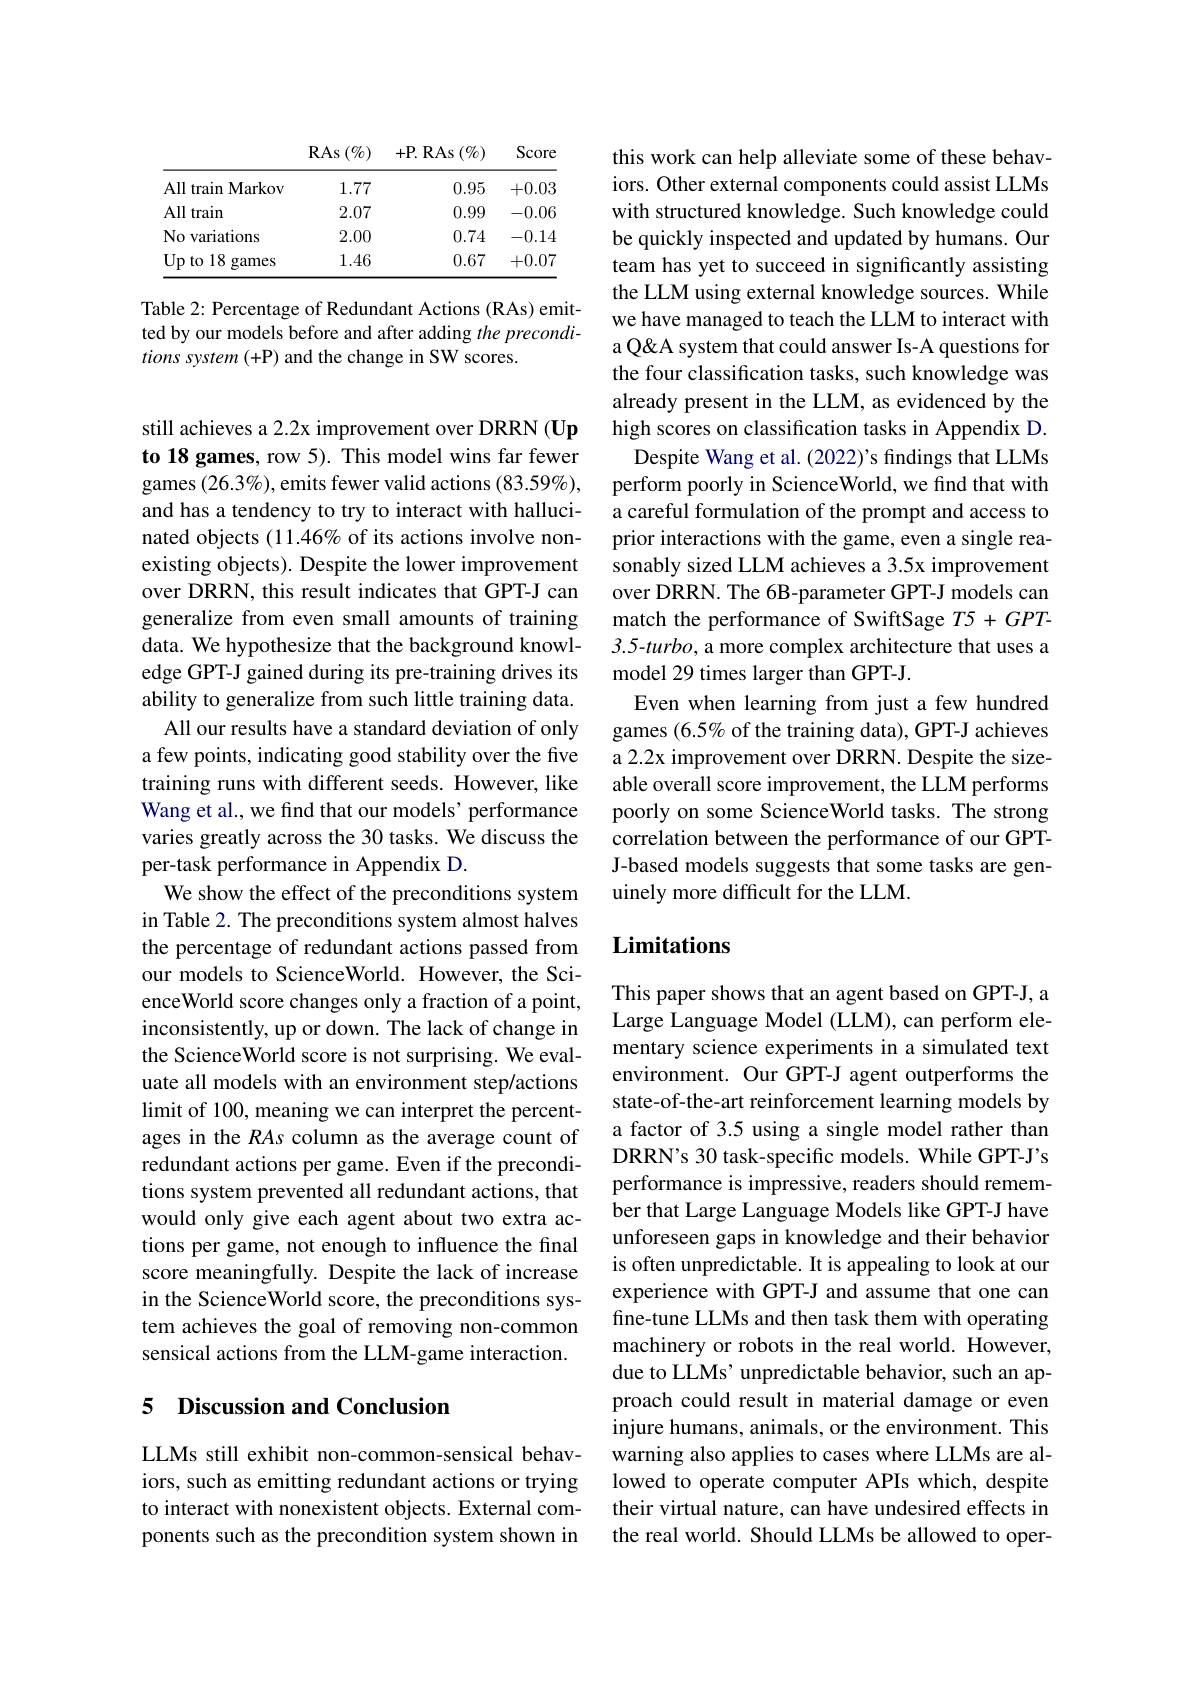
<table>
	<tbody>
		<tr>
			<th> </th>
			<th>$\operatorname{RAs}\left(\%\right)$</th>
			<th>$+\mathbf{P}.$RAs$(\%)$</th>
			<th>Score</th>
		</tr>
		<tr>
			<td>All train $\textbf{Markow}$</td>
			<td>1.77</td>
			<td>0.95</td>
			<td>+0.03</td>
		</tr>
		<tr>
			<td>All $l$ train 1</td>
			<td>2.07</td>
			<td>0.99</td>
			<td>-0.06</td>
		</tr>
		<tr>
			<td>No variations</td>
			<td>2.00</td>
			<td>0.74</td>
			<td>-0.14</td>
		</tr>
		<tr>
			<td>Up to 18 games</td>
			<td>1.46</td>
			<td>0.67</td>
			<td>+0.07</td>
		</tr>
	</tbody>
</table>

Table 2: Percentage of Redundant Actions (RAs) emitted by our models before and after adding the preconditions system (+P) and the change in SW scores.

still achieves a 2.2x improvement over DRRN (Up to 18 games, row 5). This model wins far fewer games (26.3%), emits fewer valid actions (83.59%), and has a tendency to try to interact with hallucinated objects (11.46% of its actions involve nonexisting objects). Despite the lower improvement over DRRN, this result indicates that GPT-J can generalize from even small amounts of training data. We hypothesize that the background knowledge GPT-J gained during its pre-training drives its ability to generalize from such little training data.
All our results have a standard deviation of only a few points, indicating good stability over the five training runs with different seeds. However, like Wang et al., we find that our models’ performance varies greatly across the 30 tasks. We discuss the per-task performance in Appendix D.
We show the effect of the preconditions system in Table 2. The preconditions system almost halves the percentage of redundant actions passed from our models to ScienceWorld. However, the ScienceWorld score changes only a fraction of a point, inconsistently, up or down. The lack of change in the ScienceWorld score is not surprising. We evaluate all models with an environment step/actions limit of 100, meaning we can interpret the percentages in the RAs column as the average count of redundant actions per game. Even if the preconditions system prevented all redundant actions, that would only give each agent about two extra actions per game, not enough to influence the final score meaningfully. Despite the lack of increase in the ScienceWorld score, the preconditions system achieves the goal of removing non-common sensical actions from the LLM-game interaction.

## 5 Discussion and Conclusion

LLMs still exhibit non-common-sensical behaviors, such as emitting redundant actions or trying to interact with nonexistent objects. External components such as the precondition system shown in

this work can help alleviate some of these behaviors. Other external components could assist LLMs with structured knowledge. Such knowledge could be quickly inspected and updated by humans. Our team has yet to succeed in significantly assisting the LLM using external knowledge sources. While we have managed to teach the LLM to interact with a Q&A system that could answer Is-A questions for the four classification tasks, such knowledge was already present in the LLM, as evidenced by the high scores on classification tasks in Appendix D.
Despite Wang et al. (2022)'s findings that LLMs perform poorly in ScienceWorld, we find that with a careful formulation of the prompt and access to prior interactions with the game, even a single reasonably sized LLM achieves a 3.5x improvement over DRRN. The 6B-parameter GPT-J models can match the performance of SwiftSage $T5+GPT-$ 3.5-turbo, a more complex architecture that uses a model 29 times larger than GPT-J.
Even when learning from just a few hundred games (6.5% of the training data), GPT-J achieves a 2.2x improvement over DRRN. Despite the sizeable overall score improvement, the LLM performs poorly on some ScienceWorld tasks. The strong correlation between the performance of our GPTJ-based models suggests that some tasks are genuinely more difficult for the LLM.

## Limitations

This paper shows that an agent based on GPT-J, a Large Language Model (LLM), can perform elementary science experiments in a simulated text environment. Our GPT-J agent outperforms the state-of-the-art reinforcement learning models by a factor of 3.5 using a single model rather than DRRN's 30 task-specific models. While GPT-J's performance is impressive, readers should remember that Large Language Models like GPT-J have unforeseen gaps in knowledge and their behavior is often unpredictable. It is appealing to look at our experience with GPT-J and assume that one can fine-tune LLMs and then task them with operating machinery or robots in the real world. However, due to LLMs' unpredictable behavior, such an approach could result in material damage or even injure humans, animals, or the environment. This warning also applies to cases where LLMs are allowed to operate computer APIs which, despite their virtual nature, can have undesired effects in the real world. Should LLMs be allowed to oper-